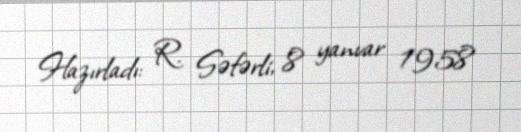
Hazırladı: R. Səfərli, 8 yanvar 1958